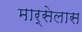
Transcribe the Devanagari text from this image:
मार्सेलास